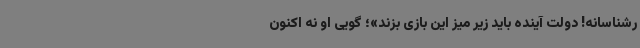
رشناسانه! دولت آینده باید زیر میز این بازی بزند»؛ گویی او نه اکنون